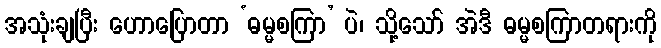
အသုံးချပြီး ဟောပြောတာ ‘ဓမ္မစကြာ’ ပဲ၊ သို့သော် အဲဒီ ဓမ္မစကြာတရားကို